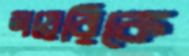
ডায়েরিকে